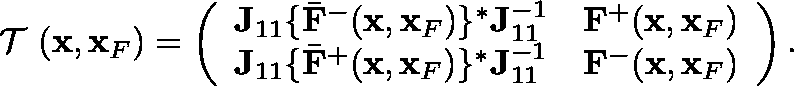
\begin{array} { r l r } & { } & { { { { \mathrm { \boldmath ~ { \cal ~ T } ~ } } } } ( { \bf x } , { \bf x } _ { F } ) = \left( \begin{array} { l l } { { \bf J } _ { 1 1 } \{ { { \bar { \bf F } } } ^ { - } ( { \bf x } , { \bf x } _ { F } ) \} ^ { * } { \bf J } _ { 1 1 } ^ { - 1 } } & { { \bf F } ^ { + } ( { \bf x } , { \bf x } _ { F } ) } \\ { { \bf J } _ { 1 1 } \{ { { \bar { \bf F } } } ^ { + } ( { \bf x } , { \bf x } _ { F } ) \} ^ { * } { \bf J } _ { 1 1 } ^ { - 1 } } & { { \bf F } ^ { - } ( { \bf x } , { \bf x } _ { F } ) } \end{array} \right) . } \end{array}